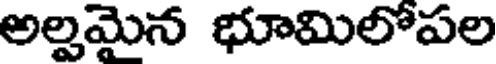
అల్పమైన భూమిలోపల